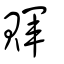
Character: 賱